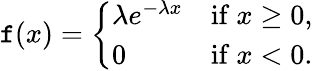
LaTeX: \mathtt{f}(x)={\left\{ \begin{array}{ll}{\lambda e^{-\lambda x}}&{{\mathrm{if~}}x\geq 0,}\\ {0}&{{\mathrm{if~}}x<0.}\end{array}\right.}